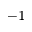
^ { - 1 }